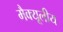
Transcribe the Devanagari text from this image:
मैक्यूलीय